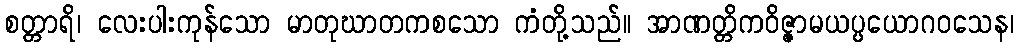
စတ္တာရိ၊ လေးပါးကုန်သော မာတုဃာတကစသော ကံတို့သည်။ အာဏတ္တိကဝိဇ္ဇာမယပ္ပယောဂဝသေန၊